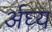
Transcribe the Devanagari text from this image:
र्अघ्य